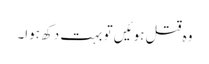
وہ قتل ہوئیں تو بہت دکھ ہوا۔